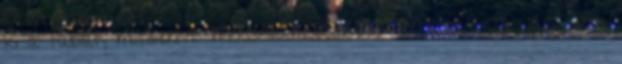
ki a táblát, miszerint: MAGYARORSZÁG ZÁRVA? Ja várj, nem